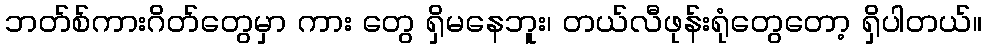
ဘတ်စ်ကားဂိတ်တွေမှာ ကား တွေ ရှိမနေဘူး၊ တယ်လီဖုန်းရုံတွေတော့ ရှိပါတယ်။